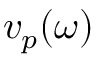
v _ { p } ( \omega )